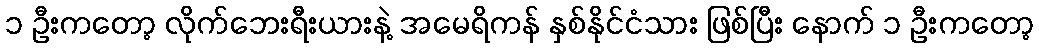
၁ ဦးကတော့ လိုက်ဘေးရီးယားနဲ့ အမေရိကန် နှစ်နိုင်ငံသား ဖြစ်ပြီး နောက် ၁ ဦးကတော့